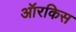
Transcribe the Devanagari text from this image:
ऑरकिस